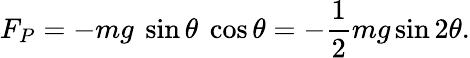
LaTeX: F_{P}=-mg\ \sin\theta\ \cos\theta=-{\frac{1}{2}}mg\sin 2\theta.